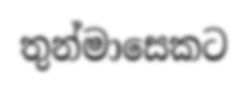
තුන්මාසෙකට